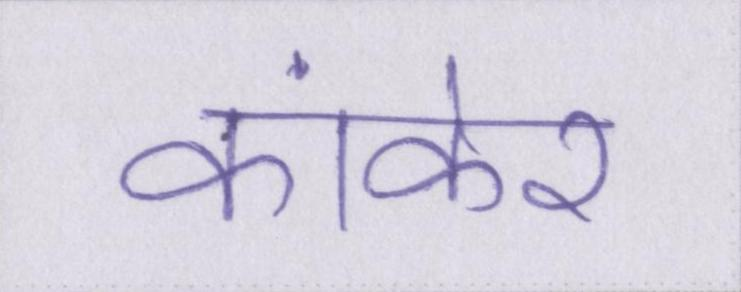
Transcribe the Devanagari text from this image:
कांकेर